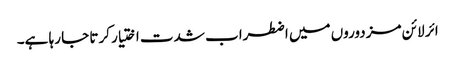
ائر لائن مزدوروں میں اضطراب شدت اختیار کرتا جا رہا ہے۔